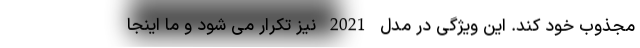
مجذوب خود کند. این ویژگی در مدل 2021 نیز تکرار می شود و ما اینجا